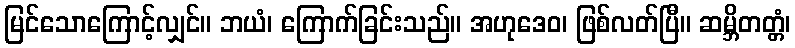
မြင်သောကြောင့်လျှင်။ ဘယံ၊ ကြောက်ခြင်းသည်။ အဟုဒေဝ၊ ဖြစ်လတ်ပြီ။ ဆမ္ဘိတတ္တံ၊